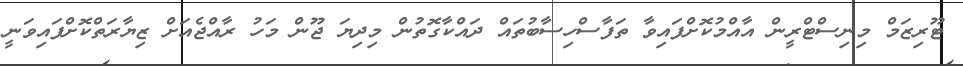
ޓޫރިޒަމް މިނިސްޓްރީން އާއްމުކޮށްފައިވާ ތަފާސްހިސާބުތައް ދައްކާގޮތުން މިދިޔަ ޖޫން މަހު ރާއްޖެއަށް ޒިޔާރަތްކޮށްފައިވަނީ